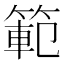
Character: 範